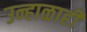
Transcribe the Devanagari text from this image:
उन्हाळाही